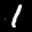
Label: 1